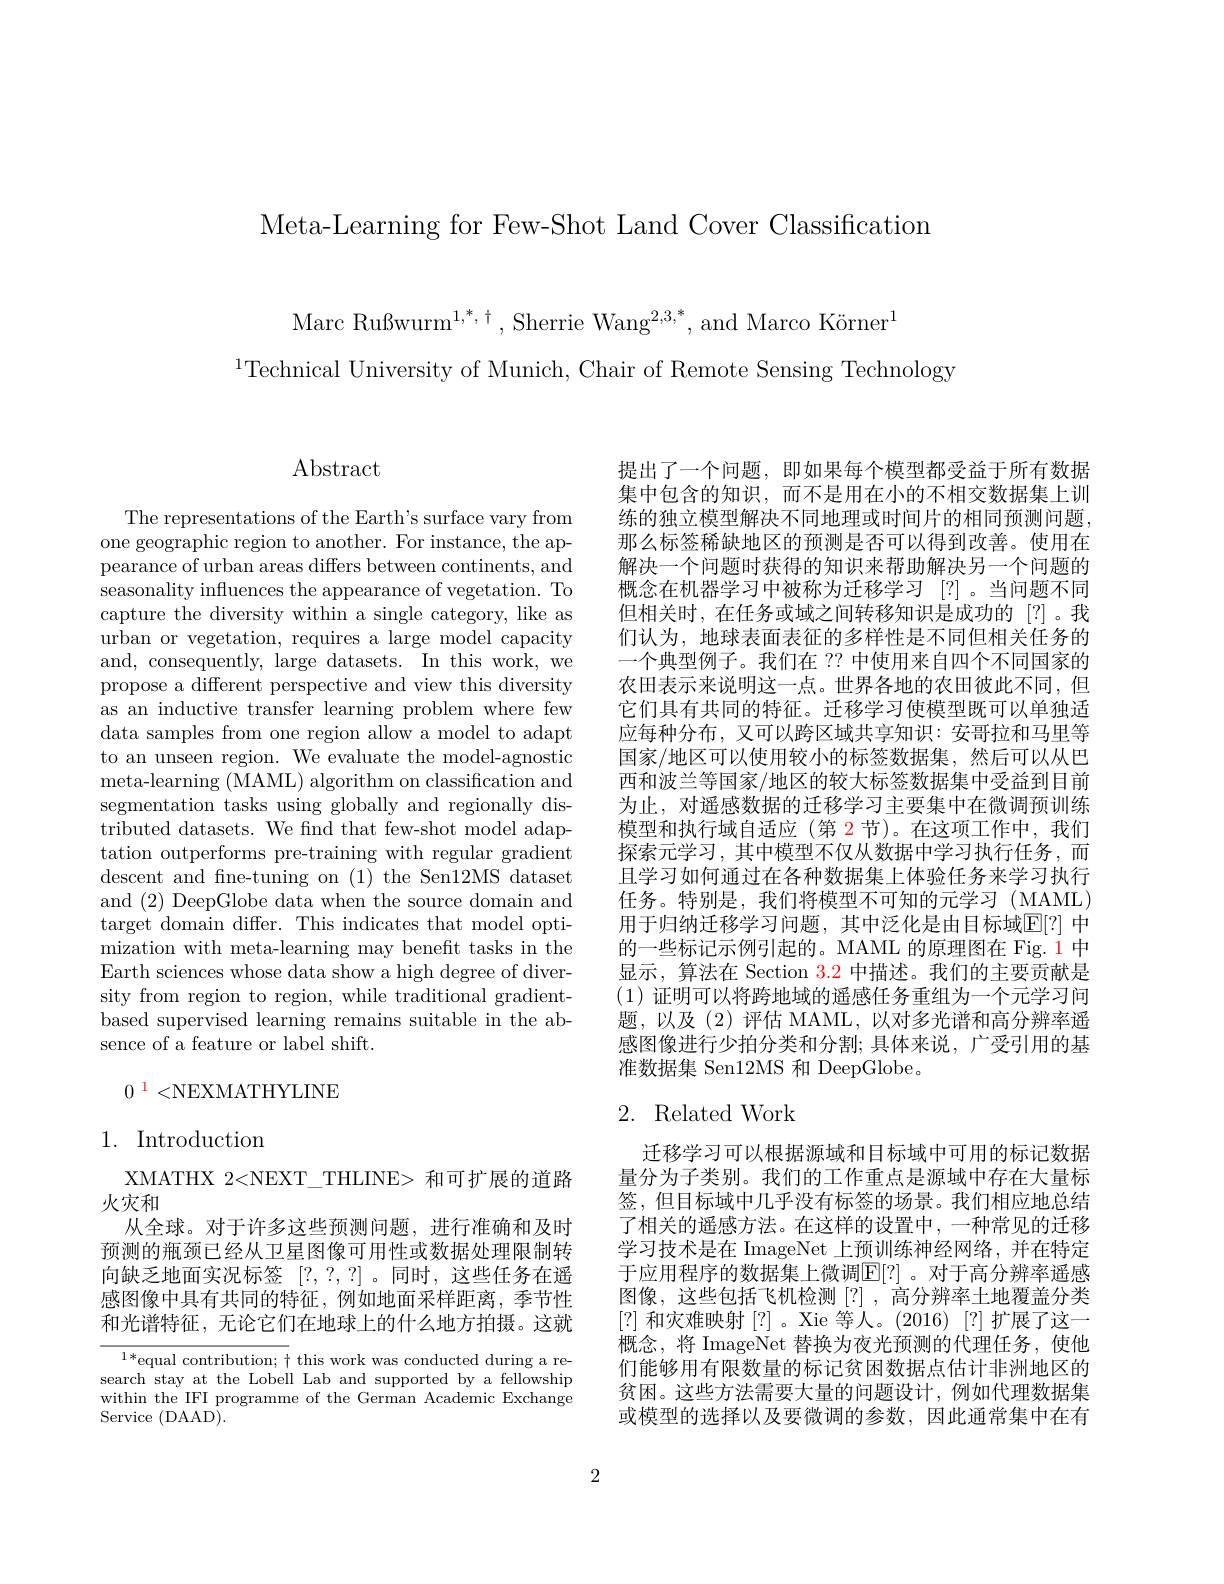
Meta-Learning for Few-Shot Land Cover Classification

Marc Rußwurm$^{1,*,\dagger}$,Sherrie Wang$^{2,3,*}$,and Marco Körner$^{1}$
$^{1}$Technical University of Munich, Chair of Remote Sensing Technology

$\operatorname{Abstract}$

The representations of the Earth's surface vary from one geographic region to another. For instance, the appearance of urban areas differs between continents, and seasonality influences the appearance of vegetation. To capture the diversity within a single category, like as urban or vegetation, requires a large model capacity and, consequently, large datasets. In this work, we propose a different perspective and view this diversity as an inductive transfer learning problem where few data samples from one region allow a model to adapt to an unseen region. We evaluate the model-agnostic meta- learning ( MAML) algorithm on classification and segmentation tasks using globally and regionally distributed datasets. We find that few-shot model adaptation outperforms pre-training with regular gradient descent and fne-tuning on (1) the Sen12MS dataset and (2) DeepGlobe data when the source domain and target domain differ. This indicates that model optimization with meta-learning may benefit tasks in the Earth sciences whose data show a high degree of diversity from region to region, while traditional gradientbased supervised learning remains suitable in the absence of a feature or label shift.

## $0^{1}<$NEXMATHYLINE

## 1. Introduction

XMATHX 2<NEXT\_THLINE> 和可扩展的道路
火灾和
从全球。对于许多这些预测问题，进行准确和及时预测的瓶颈已经从卫星图像可用性或数据处理限制转向缺乏地面实况标签[?,?,?]。同时，这些任务在遥感图像中具有共同的特征，例如地面采样距离，季节性和光谱特征，无论它们在地球上的什么地方拍摄。这就

$^{1*}$equal contribution; $\dagger$ this work was conducted during a research stay at the Lobell Lab and supported by a fellowship within the IFI programme of the German Academic Exchange Service (DAAD).

提出了一个问题，即如果每个模型都受益于所有数据集中包含的知识，而不是用在小的不相交数据集上训练的独立模型解决不同地理或时间片的相同预测问题， 那么标签稀缺地区的预测是否可以得到改善。使用在解决一个问题时获得的知识来帮助解决另一个问题的概念在机器学习中被称为迁移学习 [?]。当问题不同但相关时，在任务或域之间转移知识是成功的[?]。我们认为，地球表面表征的多样性是不同但相关任务的一个典型例子。我们在 ?? 中使用来自四个不同国家的农田表示来说明这一点。世界各地的农田彼此不同，但它们具有共同的特征。迁移学习使模型既可以单独适应每种分布，又可以跨区域共享知识：安哥拉和马里等国家/地区可以使用较小的标签数据集，然后可以从巴西和波兰等国家/地区的较大标签数据集中受益到目前为止，对遥感数据的迁移学习主要集中在微调预训练模型和执行域自适应 (第 2节)。在这项工作中，我们探索元学习，其中模型不仅从数据中学习执行任务，而且学习如何通过在各种数据集上体验任务来学习执行任务。特别是，我们将模型不可知的元学习(MAML) 用于归纳迁移学习问题，其中泛化是由目标域$\mathbb{E}[?]$ 中的一些标记示例引起的。MAML 的原理图在 Fig.1 中显示，算法在 Section $\color{red}{3.2}$中描述。我们的主要贡献是(1)证明可以将跨地域的遥感任务重组为一个元学习问题，以及(2)评估 MAML,以对多光谱和高分辨率遥感图像进行少拍分类和分割；具体来说，广受引用的基准数据集 Sen12MS 和 DeepGlobe。

## 2. Related Work

迁移学习可以根据源域和目标域中可用的标记数据量分为子类别。我们的工作重点是源域中存在大量标签，但目标域中几乎没有标签的场景。我们相应地总结了相关的遥感方法。在这样的设置中，一种常见的迁移学习技术是在 ImageNet 上预训练神经网络，并在特定于应用程序的数据集上微调$\mathbb{E}[?]$ 。对于高分辨率遥感图像，这些包括飞机检测[?],高分辨率土地覆盖分类[?]和灾难映射[?]。Xie 等人。(2016)[?]扩展了这一概念，将 ImageNet 替换为夜光预测的代理任务，使他们能够用有限数量的标记贫困数据点估计非洲地区的贫困。这些方法需要大量的问题设计，例如代理数据集或模型的选择以及要微调的参数，因此通常集中在有

2